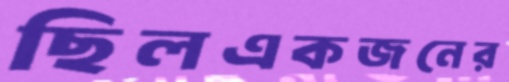
ছিলএকজনের